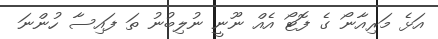
އަޅެ މަރިއާނޯ ގެ ފޮޓޯ އެއް ނޫނީ ނުލިބުނު ތަ ފައިސާ ހުންނަ